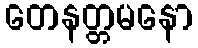
တေနတ္တမနော